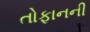
તોફાનની